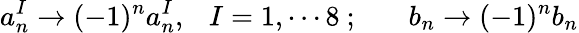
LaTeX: a_{n}^{I}\rightarrow(-1)^{n}a_{n}^{I},~~~I=1,\cdots 8~;~~~~~~~b_{n}\rightarrow(-1)^{n}b_{n}